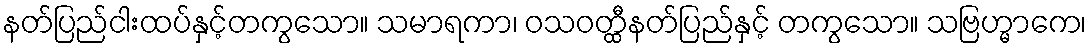
နတ်ပြည်ငါးထပ်နှင့်တကွသော။ သမာရကာ၊ ဝသဝတ္ထီနတ်ပြည်နှင့် တကွသော။ သဗြဟ္မာကေ၊